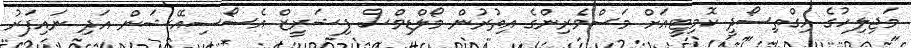
މަޖިލިހުގެ އިގްތިސޯދީ ކޮމިޓީއަށް މަސްވެރިންގެ އިތުރުން މޯލްޑިވްސް ފިޝަރީޒް އެސޯސިއޭޝަން އަދި ނައިފަރު